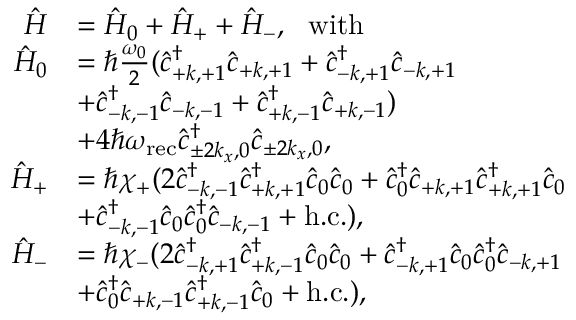
\begin{array} { r l } { \hat { H } } & { = \hat { H } _ { 0 } + \hat { H } _ { + } + \hat { H } _ { - } , \ \ \mathrm { w i t h } } \\ { \hat { H } _ { 0 } } & { = \hbar \frac { \omega _ { 0 } } { 2 } ( \hat { c } _ { + k , + 1 } ^ { \dagger } \hat { c } _ { + k , + 1 } + \hat { c } _ { - k , + 1 } ^ { \dagger } \hat { c } _ { - k , + 1 } } \\ & { + \hat { c } _ { - k , - 1 } ^ { \dagger } \hat { c } _ { - k , - 1 } + \hat { c } _ { + k , - 1 } ^ { \dagger } \hat { c } _ { + k , - 1 } ) } \\ & { + 4 \hbar \omega _ { \mathrm { r e c } } \hat { c } _ { \pm 2 k _ { x } , 0 } ^ { \dagger } \hat { c } _ { \pm 2 k _ { x } , 0 } , } \\ { \hat { H } _ { + } } & { = \hbar \chi _ { + } ( 2 \hat { c } _ { - k , - 1 } ^ { \dagger } \hat { c } _ { + k , + 1 } ^ { \dagger } \hat { c } _ { 0 } \hat { c } _ { 0 } + \hat { c } _ { 0 } ^ { \dagger } \hat { c } _ { + k , + 1 } \hat { c } _ { + k , + 1 } ^ { \dagger } \hat { c } _ { 0 } } \\ & { + \hat { c } _ { - k , - 1 } ^ { \dagger } \hat { c } _ { 0 } \hat { c } _ { 0 } ^ { \dagger } \hat { c } _ { - k , - 1 } + \mathrm { h . c . } ) , } \\ { \hat { H } _ { - } } & { = \hbar \chi _ { - } ( 2 \hat { c } _ { - k , + 1 } ^ { \dagger } \hat { c } _ { + k , - 1 } ^ { \dagger } \hat { c } _ { 0 } \hat { c } _ { 0 } + \hat { c } _ { - k , + 1 } ^ { \dagger } \hat { c } _ { 0 } \hat { c } _ { 0 } ^ { \dagger } \hat { c } _ { - k , + 1 } } \\ & { + \hat { c } _ { 0 } ^ { \dagger } \hat { c } _ { + k , - 1 } \hat { c } _ { + k , - 1 } ^ { \dagger } \hat { c } _ { 0 } + \mathrm { h . c . } ) , } \end{array}